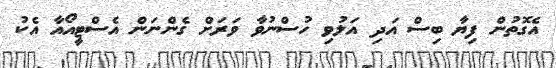
އެގޮތުން ފިޔާ ބިސް އަދި އަލުވި ހުސްނުވާ ވަރަށް ގެންނަން އެސްޓީއޯއާ އެކު